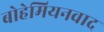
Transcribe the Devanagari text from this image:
बोहेमियनवाद